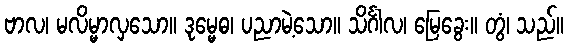
ဗာလ၊ မလိမ္မာလှသော။ ဒုမ္မေဓ၊ ပညာမဲ့သော။ သိင်္ဂါလ၊ မြေခွေး။ တွံ၊ သည်။